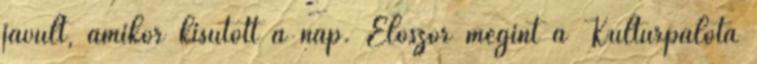
javult, amikor kisütött a nap. Először megint a Kultúrpalota